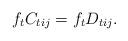
LaTeX: \begin{align*}f_tC_{tij} = f_tD_{tij}.\end{align*}